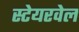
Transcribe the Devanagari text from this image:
स्टेयरवेल